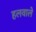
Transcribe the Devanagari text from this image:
हलवाले